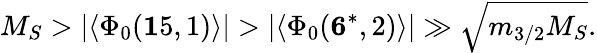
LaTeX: M_{S}>|\langle\Phi_{0}({\mathbf 15,1})\rangle|>|\langle\Phi_{0}({\mathbf 6^{*},2})\rangle|\gg\sqrt{m_{3/2}M_{S}}.